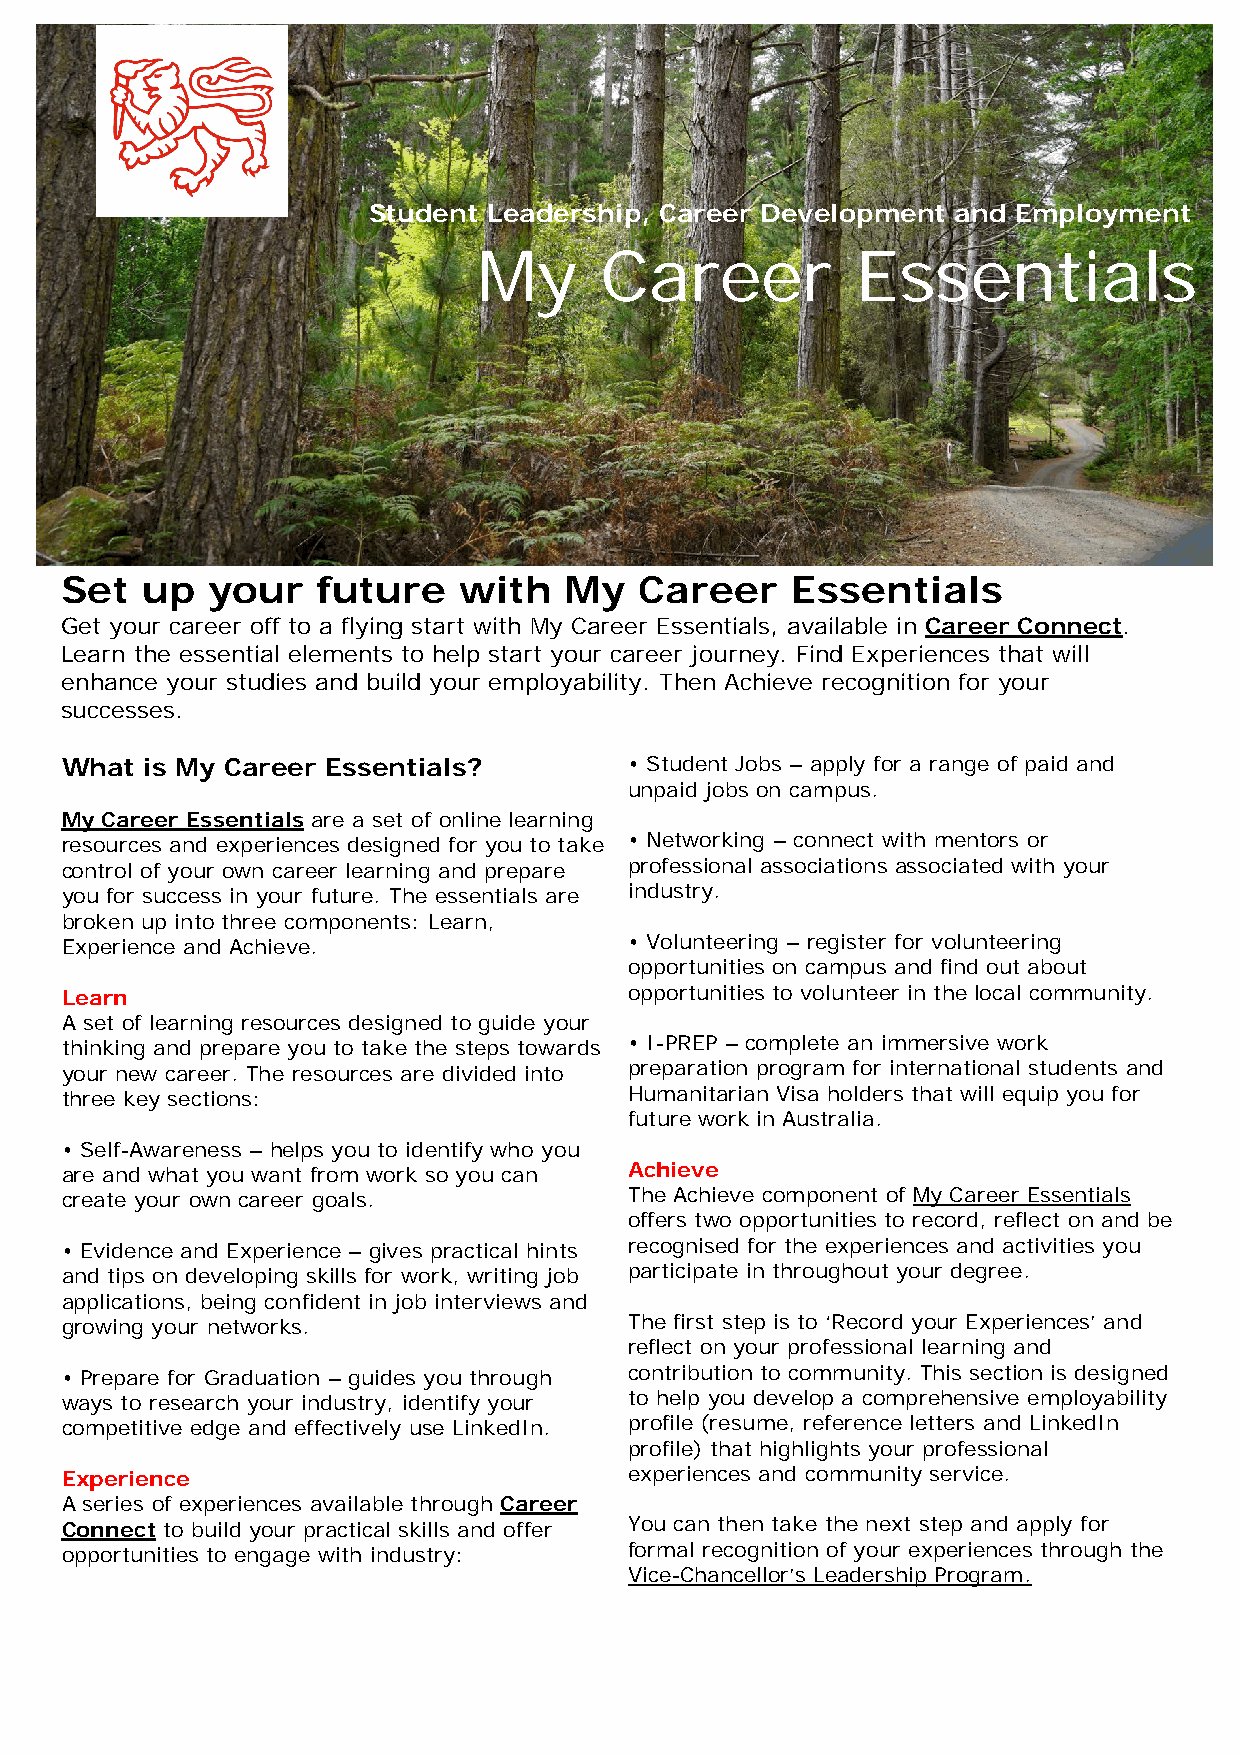
Student Leadership, Career Development and Employment
 My      Career           Essentials
 Set  up   your   future   with   My   Career    Essentials
 Get your career off to a flying start with My Career Essentials, available in Career Connect.
 Learn the essential elements to help start your career journey. Find Experiences that will
 enhance your studies and build your employability. Then Achieve recognition for your
 successes.
 What  is My Career Essentials?        • Student Jobs – apply for a range of paid and
 unpaid jobs on campus.
 My Career Essentials are a set of online learning
 resources and experiences designed for you to take • Networking – connect with mentors or
 control of your own career learning and prepare professional associations associated with your
 you for success in your future. The essentials are industry.
 broken up into three components: Learn,
 Experience and Achieve.               • Volunteering – register for volunteering
 opportunities on campus and find out about
 Learn                                 opportunities to volunteer in the local community.
 A set of learning resources designed to guide your
 thinking and prepare you to take the steps towards • I-PREP – complete an immersive work
 your new career. The resources are divided into preparation program for international students and
 three key sections:                   Humanitarian Visa holders that will equip you for
 future work in Australia.
 • Self-Awareness – helps you to identify who you
 are and what you want from work so you can Achieve
 create your own career goals.         The Achieve component of My Career Essentials
 offers two opportunities to record, reflect on and be
 • Evidence and Experience – gives practical hints recognised for the experiences and activities you
 and tips on developing skills for work, writing job participate in throughout your degree.
 applications, being confident in job interviews and
 growing your networks.                The first step is to ‘Record your Experiences’ and
 reflect on your professional learning and
 • Prepare for Graduation – guides you through contribution to community. This section is designed
 ways to research your industry, identify your to help you develop a comprehensive employability
 competitive edge and effectively use LinkedIn. profile (resume, reference letters and LinkedIn
 profile) that highlights your professional
 Experience                            experiences and community service.
 A series of experiences available through Career
 Connect to build your practical skills and offer You can then take the next step and apply for
 opportunities to engage with industry: formal recognition of your experiences through the
 Vice-Chancellor’s Leadership Program.